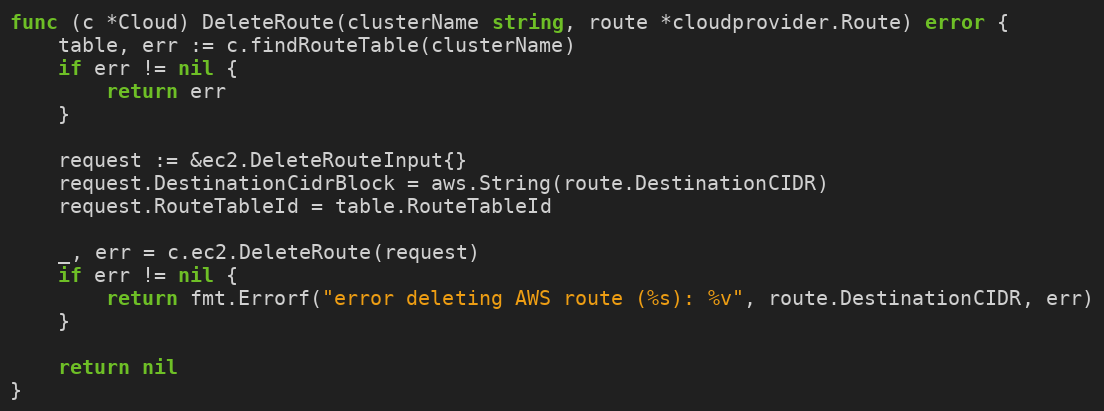
Language: Go
func (c *Cloud) DeleteRoute(clusterName string, route *cloudprovider.Route) error {
	table, err := c.findRouteTable(clusterName)
	if err != nil {
		return err
	}

	request := &ec2.DeleteRouteInput{}
	request.DestinationCidrBlock = aws.String(route.DestinationCIDR)
	request.RouteTableId = table.RouteTableId

	_, err = c.ec2.DeleteRoute(request)
	if err != nil {
		return fmt.Errorf("error deleting AWS route (%s): %v", route.DestinationCIDR, err)
	}

	return nil
}